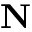
\mathbf { N }